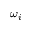
\omega _ { i }